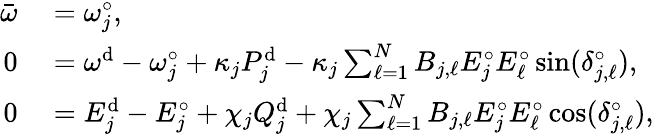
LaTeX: \begin{array}{rl}{\bar{\omega}}&{{}=\omega_{j}^{\circ},}\\ {0}&{{}=\omega^{\mathrm{d}}-\omega_{j}^{\circ}+\kappa_{j}P_{j}^{\mathrm{d}}-\kappa_{j}\sum_{\ell=1}^{N}B_{j,\ell}E_{j}^{\circ}E_{\ell}^{\circ}\sin(\delta_{j,\ell}^{\circ}),}\\ {0}&{{}=E_{j}^{\mathrm{d}}-E_{j}^{\circ}+\chi_{j}Q_{j}^{\mathrm{d}}+\chi_{j}\sum_{\ell=1}^{N}B_{j,\ell}E_{j}^{\circ}E_{\ell}^{\circ}\cos(\delta_{j,\ell}^{\circ}),}\end{array}